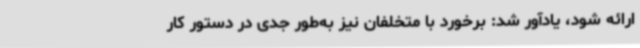
ارائه شود، یادآور شد: برخورد با متخلفان نیز به‌طور جدی در دستور کار